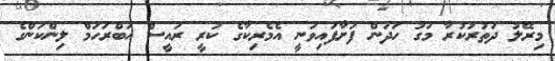
މިރޭލު ދަތުރުކުރާ މަގު ހަދަން ފަށާފައިވަނީ އެމެރިކާގެ ކުރީ ރައީސް އަބްރަހަމް ލިންކަންގެ